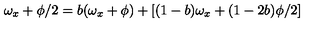
\omega _ { x } + \phi / 2 = b ( \omega _ { x } + \phi ) + [ ( 1 - b ) \omega _ { x } + ( 1 - 2 b ) \phi / 2 ]